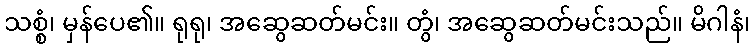
သစ္စံ၊ မှန်ပေ၏။ ရုရု၊ အဆွေဆတ်မင်း။ တွံ၊ အဆွေဆတ်မင်းသည်။ မိဂါနံ၊